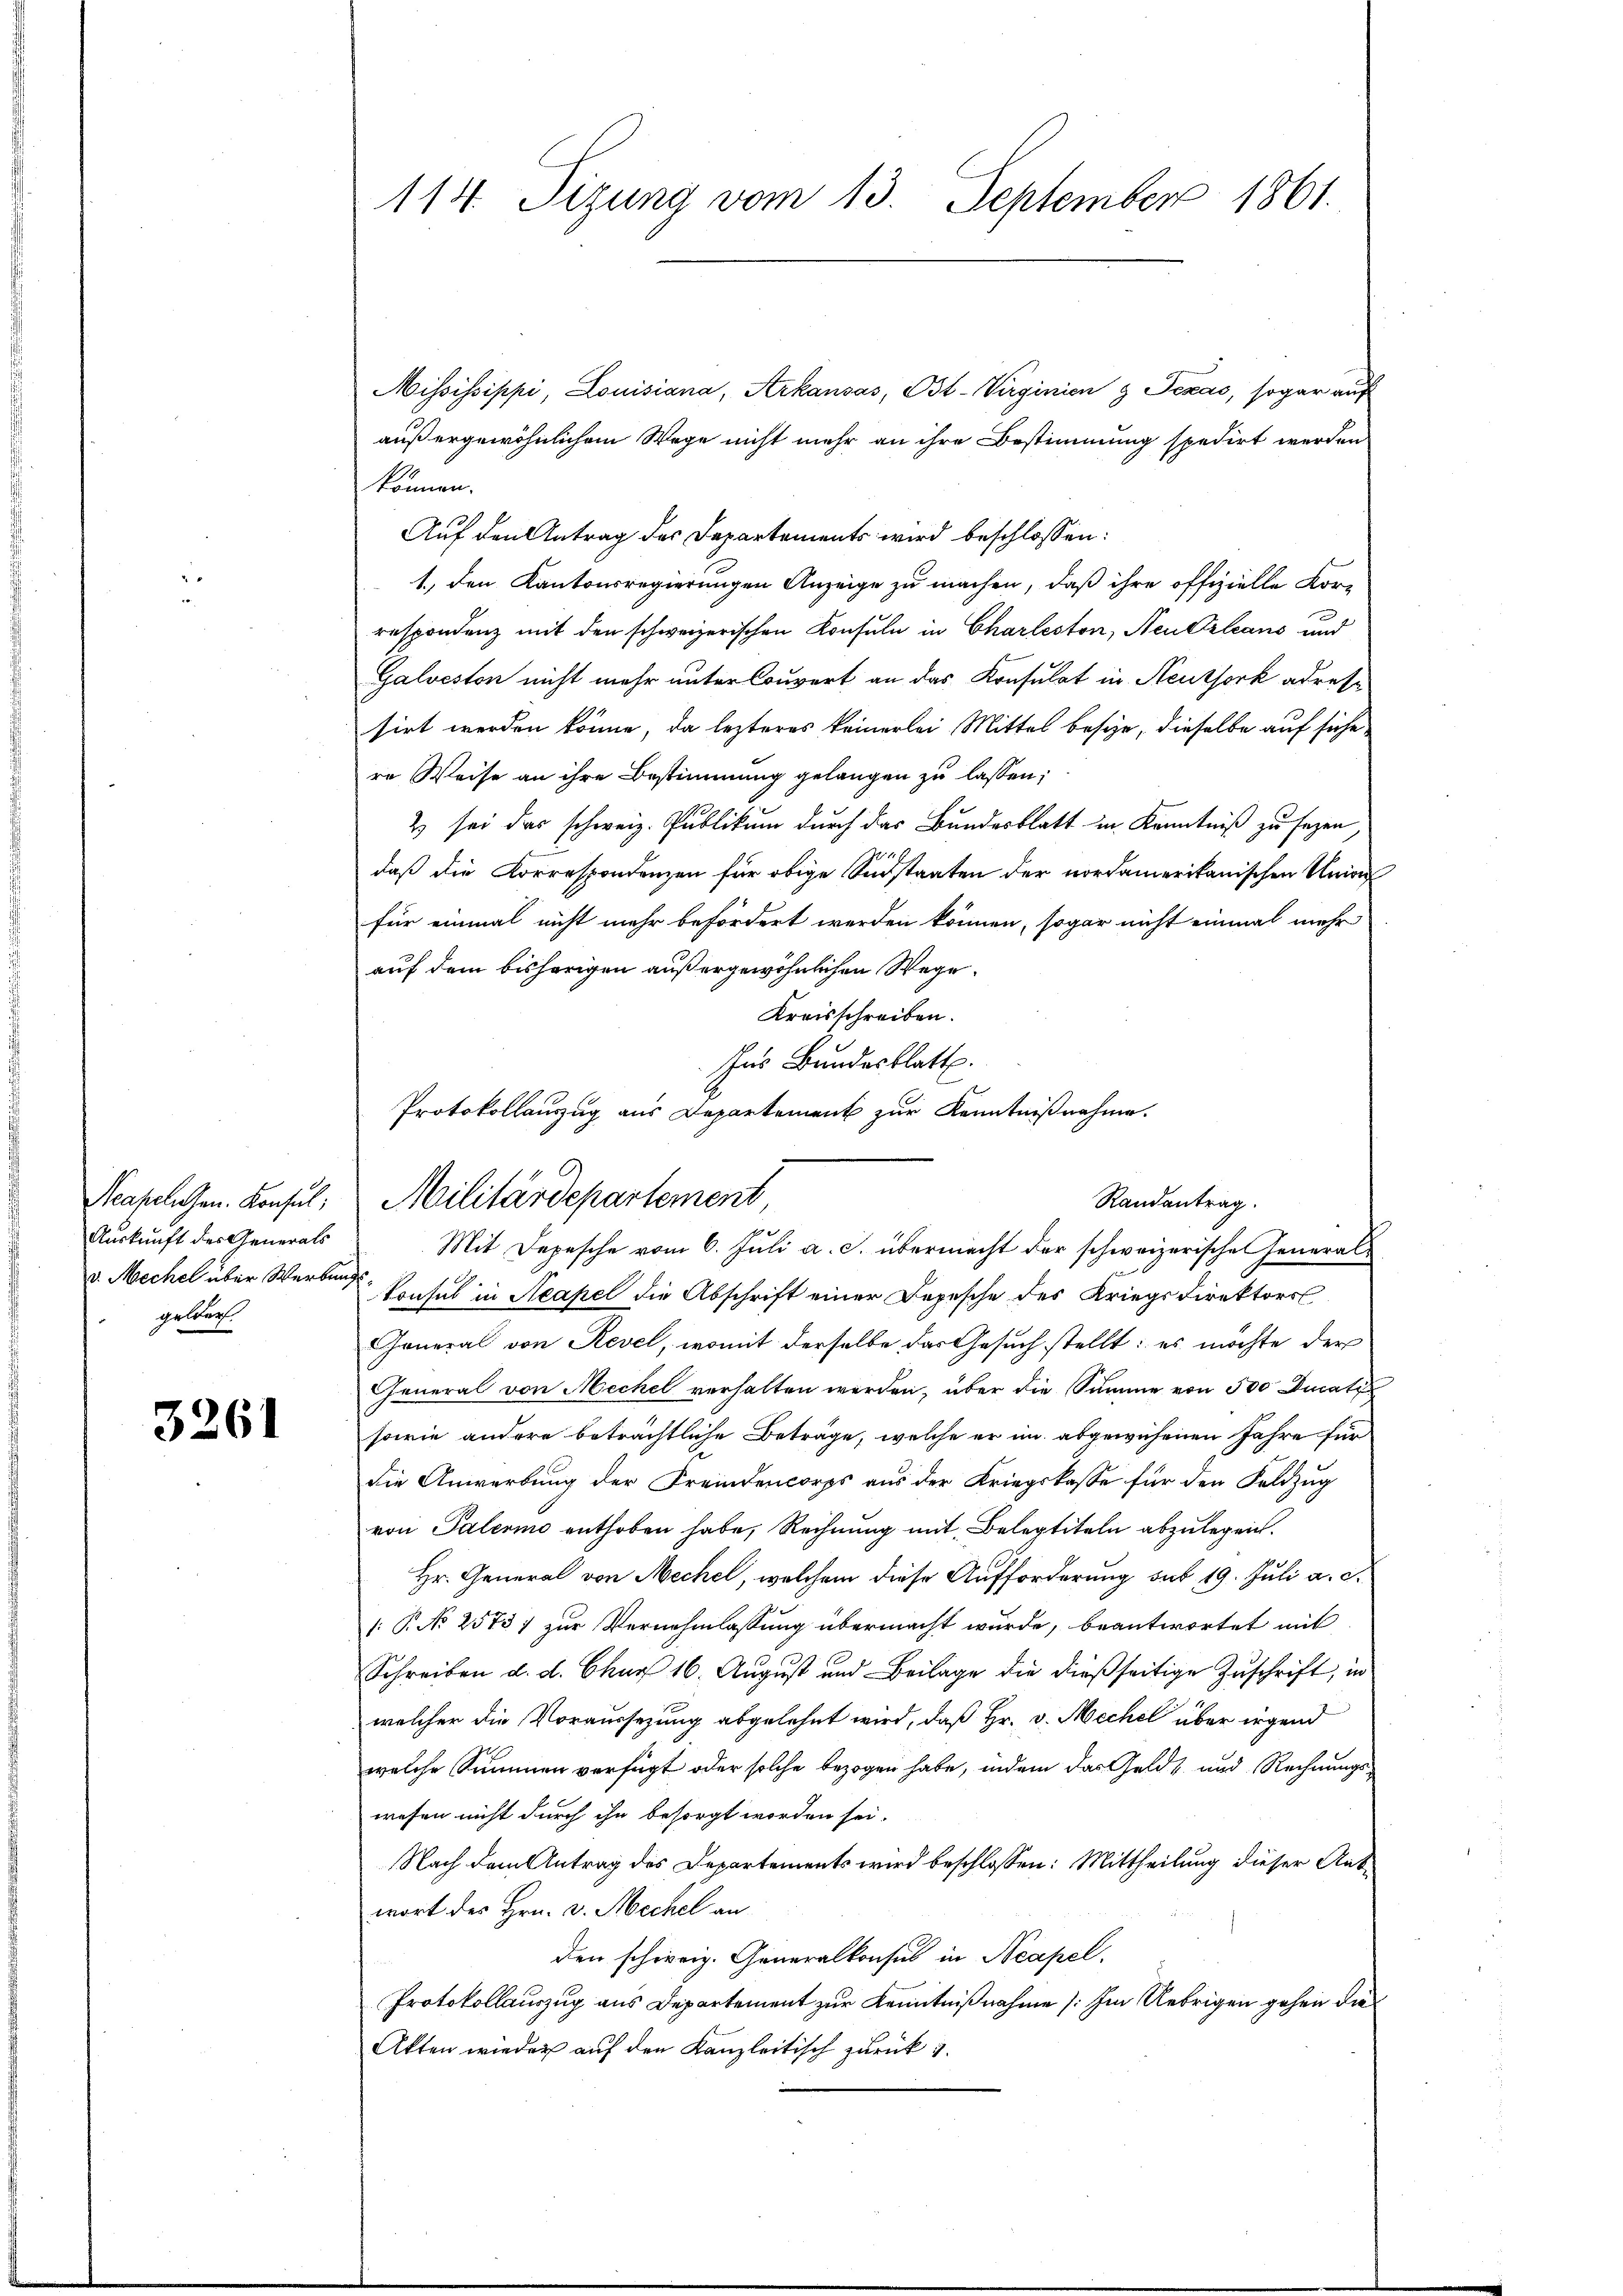
Neapelzen. Konsul
Auskunft des Generals
v. Mechel über Werben,
gelrech

3261

114. Sizung vom 13. September 1861.

Mississippi, Louisiana, Arkausas, Ost-Virginien z Texas, sogar auf
außergewöhnlichem Wege nicht mehr an ihre Bestimmung spedirt werden
können.
Auf den Antrag des Departements wird beschlossen:
1.) den Kantonsregierungen Anzeige zu machen, daß ihre offizielle Korrespondenz mit den schweizerischen Konsuln in Charleston, Neu Orleans und
Galveston nicht mehr unter Couvert an das Konsulat in Neuthork adressirt werden könne, da lezteres keinerlei Mittel besize, dieselbe auf siche
re Weise an ihre Bestimmung gelangen zu lassen:
2) sei das schweiz. Publikum durch das Bundesblatt in Kenntniß zu sagen,
daß die Korrespondenzen für obige Südstaaten der nordamerikanischen Unions
für einmal nicht mehr befördert werden können, sogar nicht einmal mehr
auf dem bisherigen außergewöhnlichen Wege.
Kreisschreiben.
Ins Bundesblatte.
Mit Depesche vom 6. Juli a. c. übermacht der schweizerische General¬
 Konsul in Neapel die Abschrift einer Depesche des Kriegsdirektors
General von Revel, womit derselbe das Gesuch stellt: es möchte der
General von Mechel verhalten werden, über die Summe von 500 Ducati
sowie andere beträchtliche Beträge, welche er im abgewiesenen Jahre für
die Anwerbung der Fremdencorps aus der Kriegskasse für den Feldzug
von Palermo enthoben habe, Rechnung mit Belegtiteln abzulegen.
Hr. General von Mechel, welchem diese Aufforderung sub 19. Juli a. c.
: P. No 2573) zur Vernehmlassung übermacht wurde, beantwortet mit
Schreiben d. d. Chur 16. August und Beilage die dießseitige Zuschrift, in
welcher die Voraussezung abgelehnt wird, daß Hr. v. Mechel über irgend
welche Summen verfügt oder solche bezogen habe, indem das Geldt und Rechnungs-
wesen nicht durch ihn besorgt worden sei.
Nach dem Antrag des Departements wird beschlossen: Mittheilung dieser Antwort des Hrn. v. Mechel an
den schweiz. Generalkonsul in Neapel.
Protokollauszug aus Departement zur Kenntnißnahme (: Im Uebrigen gehen die
Akten wieder auf den Kanzleitisch zurück 3.

Protokollauszug aus Departement zur Kenntnißnahme.
Militärdepartement
Randantrag.